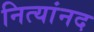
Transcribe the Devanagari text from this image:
नित्यांनद